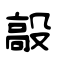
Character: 毃